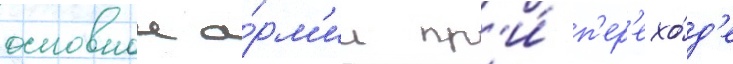
основнои а́рм'ии пр'и́ п'ер'ехо́д'е